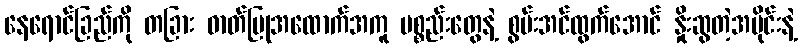
နေရောင်ခြည်ကို တခြား ဓာတ်ပြုအထောက်အကူ ပစ္စည်းတွေနဲ့ စွမ်းအင်ထွက်အောင် နှိုးဆွတဲ့အပိုင်းနဲ့